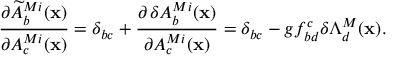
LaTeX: { \frac { \partial \widetilde { A } _ { b } ^ { M i } ( { \bf x } ) } { \partial A _ { c } ^ { M i } ( { \bf x } ) } } = \delta _ { b c } + { \frac { \partial \, \delta A _ { b } ^ { M i } ( { \bf x } ) } { \partial A _ { c } ^ { M i } ( { \bf x } ) } } = \delta _ { b c } - g f _ { b d } ^ { c } \delta \Lambda _ { d } ^ { M } ( { \bf x } ) .